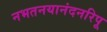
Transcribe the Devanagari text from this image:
नभतनयानंदनरिपू